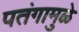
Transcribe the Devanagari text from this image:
पतंगामुळे